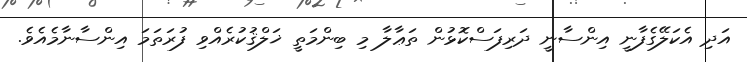
އަދި އެކަލޭގެފާނީ އިންސާނީ ދަރިފަސްކޮޅުން ތަޢާލާ މި ބިންމަތީ ޚަލްޤުކުރެއްވި ފުރަތަމަ އިންސާނާމެއެވެ.